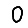
Digit: 0